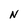
Character: N